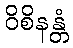
ဝိစိနန္တံ